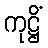
ကုဋ္ဌိံ